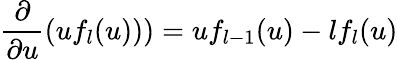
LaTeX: \frac{\partial}{\partial u}\left(uf_{l}(u)\right))=uf_{l-1}(u)-lf_{l}(u)